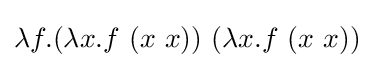
\lambda f.(\lambda x.f\ (x\ x))\ (\lambda x.f\ (x\ x))